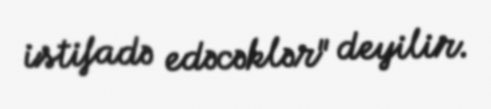
istifadə edəcəklər" deyilir.